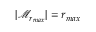
\vert \mathcal { M } _ { r _ { m a x } } \vert = r _ { m a x }